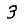
Digit: 3